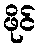
ဖိုင်